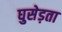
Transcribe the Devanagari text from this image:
घुसेड़ता